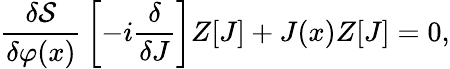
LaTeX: {\frac{\delta{\mathcal{S}}}{\delta\varphi(x)}}\left[-i{\frac{\delta}{\delta J}}\right]Z[J]+J(x)Z[J]=0,